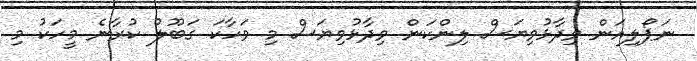
ނަޕޯލިއަން ވިދާޅުވިޔަސް ލިންކަން ވިދާޅުވިޔަސް މި ވަހާކަ ގަބޫލު ކުރާނެ މީހަކު މި